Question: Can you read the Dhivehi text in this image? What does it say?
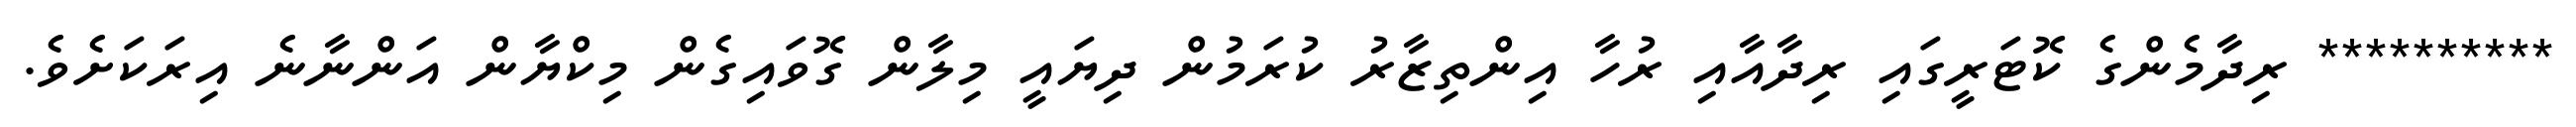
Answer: ********** ރިދާމެންގެ ކޮޓަރީގައި ރިދާއާއި ރުހާ އިންތިޒާރު ކުރަމުން ދިޔައީ މިލާން ގޮވައިގެން މިކްޔާން އަންނާނެ އިރަކަށެވެ.